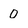
Character: 0